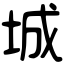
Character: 城